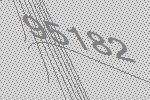
95182